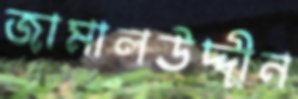
জামালউদ্দীন